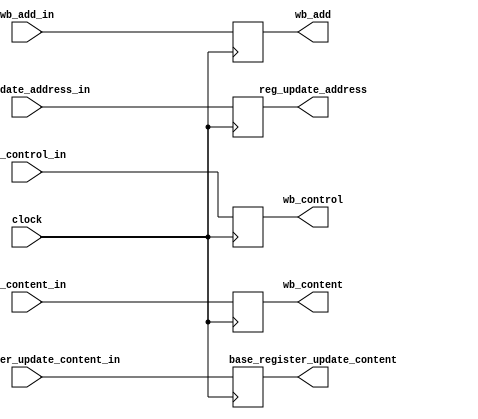
module wb_pipeline_reg(clock,wb_control_in,wb_content_in,base_register_update_content_in,wb_add_in,reg_update_address_in,
  wb_control,wb_content,base_register_update_content,wb_add,reg_update_address);
  
  parameter wb_control_width=2;
  
  input wire [31:0] wb_content_in,base_register_update_content_in;
  input wire [3:0] wb_add_in,reg_update_address_in;
  input wire clock;
  input wire [wb_control_width-1:0] wb_control_in;
  
  output wire [31:0] wb_content,base_register_update_content;
  output wire [3:0] wb_add,reg_update_address;
  output wire [wb_control_width-1:0] wb_control;
  
  reg [31:0] wb_content_reg,base_register_update_content_reg;
  reg [3:0] wb_add_reg,reg_update_address_reg;
  reg [wb_control_width-1:0] wb_control_reg;
  
  initial
  begin
    wb_content_reg=0;
    base_register_update_content_reg=0;
    wb_add_reg=0;
    reg_update_address_reg=0;
    wb_control_reg=0;
  end
  
  assign wb_content=wb_content_reg,
         base_register_update_content=base_register_update_content_reg,
         wb_add=wb_add_reg,
         reg_update_address=reg_update_address_reg,
         wb_control=wb_control_reg;
         
  always@(posedge clock)
  begin
    wb_content_reg<=wb_content_in;
    base_register_update_content_reg<=base_register_update_content_in;
    wb_add_reg<=wb_add_in;
    reg_update_address_reg<=reg_update_address_in;
    wb_control_reg<=wb_control_in;
  end
  
endmodule